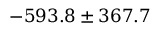
- 5 9 3 . 8 \pm 3 6 7 . 7